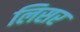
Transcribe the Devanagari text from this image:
लिसर